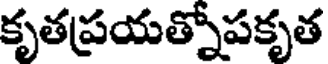
కృతప్రయత్నోపకృత